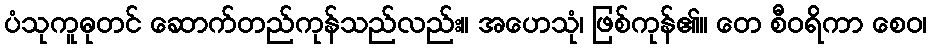
ပံသုကူဓုတင် ဆောက်တည်ကုန်သည်လည်း။ အဟေသုံ၊ ဖြစ်ကုန်၏။ တေ စီဝရိကာ စေဝ၊